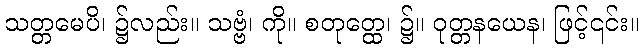
သတ္တမေပိ၊ ၌လည်း။ သဗ္ဗံ၊ ကို။ စတုတ္ထေ၊ ၌။ ဝုတ္တနယေန၊ ဖြင့်၎င်း။